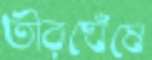
তীরঘেঁষে